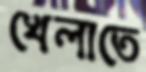
খেলাতে